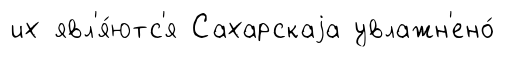
их явл'я́ютс'я Сахарскаjа увлажн'ено́